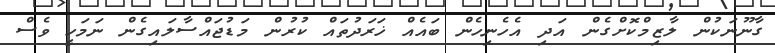
ގާނޫނަކުން ލާޒިމްކޮށްގެން އަދި އެހެނިހެން ބައެއް ޚަރަދުތައް ކުރުން މަޑުޖައްސާލައިގެން ނަމަހީ ވެސް